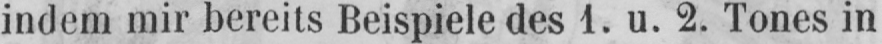
indem mir bereits Beispiele des 1. u. 2. Tones in